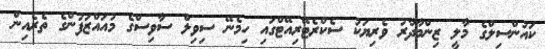
ކައުންސިލްގެ މާލީ ޒިންމާދާރު ވެރިޔަކު ސެކްރެޓޭރިއޭޓްގައި ހިމެނޭ ސިވިލް ސާވިސްގެ މުއައްޒަފުންގެ ތެރެއިން